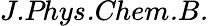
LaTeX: \textit{J.Phys.Chem.B.}